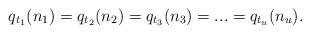
LaTeX: \begin{align*}q_{t_1}(n_1)=q_{t_2}(n_2)=q_{t_3}(n_3)=...=q_{t_u}(n_u).\end{align*}